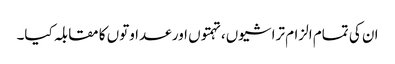
ان کی تمام الزام تراشیوں، تہمتوں اور عداوتوں کا مقابلہ کیا۔